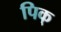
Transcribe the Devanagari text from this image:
पिक्